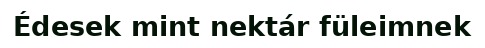
Édesek mint nektár füleimnek